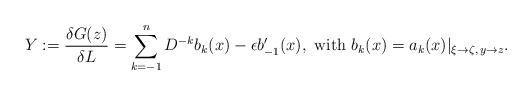
LaTeX: \begin{align*}Y &:= \frac{\delta G(z)}{\delta L} = \sum_{k=-1}^n D^{-k}b_k(x)- \epsilon b_{-1}'(x),\ \textrm{with}\ b_k(x)=a_k(x)|_{\xi\to \zeta,\, y\to z}.\end{align*}